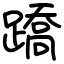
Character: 蹻